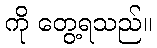
ကို တွေ့ရသည်။